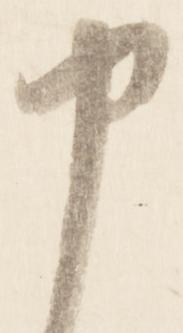
申